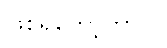
ဖြစ်ရတော့တာပဲ။